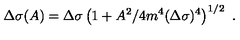
\Delta \sigma ( A ) = \Delta \sigma \left( 1 + A ^ { 2 } / 4 m ^ { 4 } ( \Delta \sigma ) ^ { 4 } \right) ^ { 1 / 2 } \ .